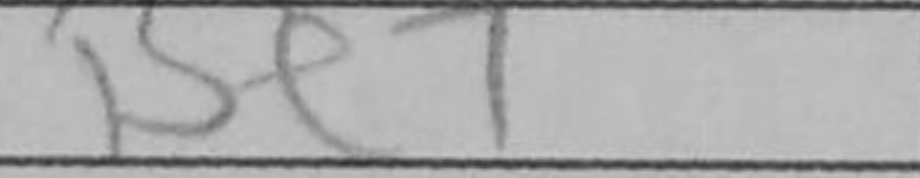
Transcription: Be7